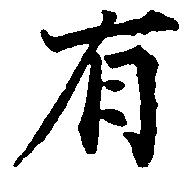
有